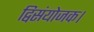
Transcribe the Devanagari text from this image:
द्विसंयोजक।